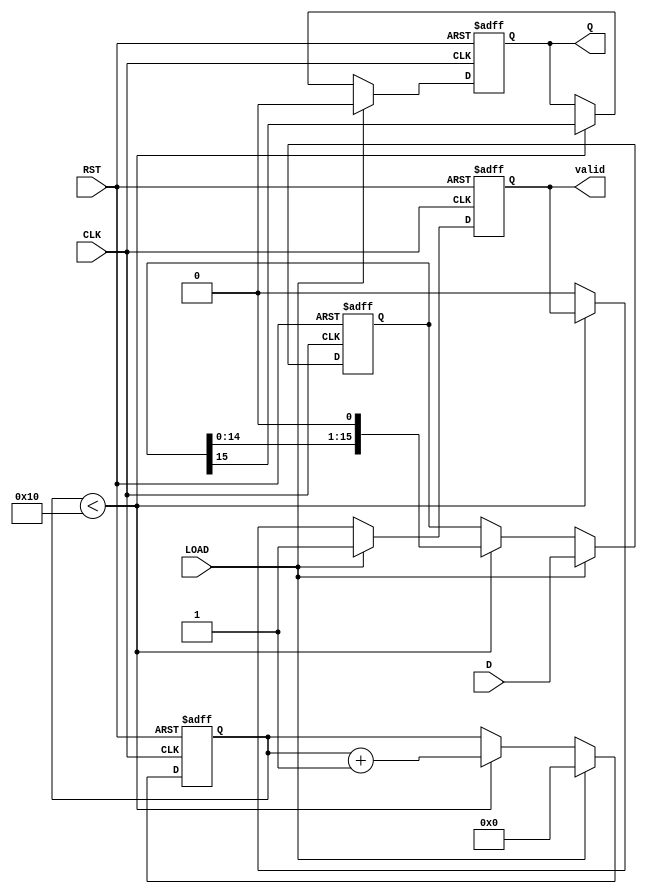
module PISO_Register (
    input wire [15:0] D,     // 16-bit parallel data input
    input wire LOAD,         // Load control signal
    input wire CLK,          // Clock signal
    input wire RST,          // Reset signal
    output reg Q,            // Serial output
    output reg valid         // Output valid signal (optional)
);

    reg [15:0] internal_reg; // Internal register to hold the data
    reg [4:0] shift_count;   // Counter to track number of bits shifted out

    always @(posedge CLK or posedge RST) begin
        if (RST) begin
            internal_reg <= 16'b0; // Reset the internal register
            Q <= 1'b0;              // Reset output
            valid <= 1'b0;          // Reset valid signal
            shift_count <= 5'b0;    // Reset shift counter
        end else if (LOAD) begin
            internal_reg <= D;      // Load data into the internal register
            Q <= 1'b0;              // Output is stable until shifting starts
            valid <= 1'b1;          // Indicate valid data is loaded
            shift_count <= 5'b0;    // Reset shift counter
        end else begin
            if (shift_count < 16) begin
                Q <= internal_reg[15]; // Shift out the MSB
                internal_reg <= {internal_reg[14:0], 1'b0}; // Shift left
                shift_count <= shift_count + 1; // Increment shift count
            end else begin
                valid <= 1'b0; // Indicate no valid data after shifting
            end
        end
    end

endmodule